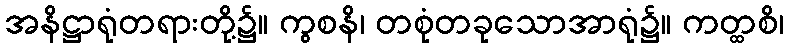
အနိဋ္ဌာရုံတရားတို့၌။ ကွစနိ၊ တစုံတခုသောအာရုံ၌။ ကတ္ထစိ၊